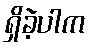
ရှိခဲ့ပါက